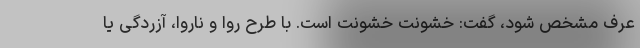
عرف مشخص شود، گفت: خشونت خشونت است. با طرح روا و ناروا، آزردگی یا